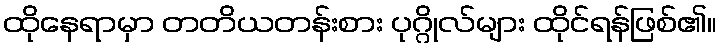
ထိုနေရာမှာ တတိယတန်းစား ပုဂ္ဂိုလ်များ ထိုင်ရန်ဖြစ်၏။